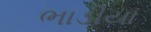
ભાડીયા